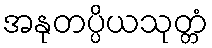
အနုတပ္ပိယသုတ္တံ